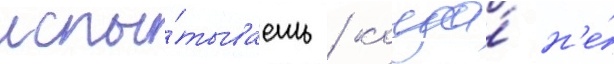
испы́тываешь / когда́ н'е́